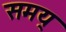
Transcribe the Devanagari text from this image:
समय्